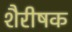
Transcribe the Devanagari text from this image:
शैरीषक